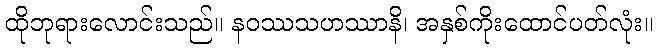
ထိုဘုရားလောင်းသည်။ နဝဿသဟဿာနိ၊ အနှစ်ကိုးထောင်ပတ်လုံး။